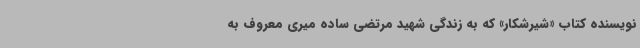
نویسنده کتاب «شیرشکار» که به زندگی شهید مرتضی ساده میری معروف به